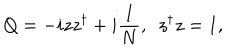
Q = - i z z ^ { \dagger } + i \frac { I } { N } , ~ ~ z ^ { \dagger } z = 1 ,